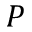
P